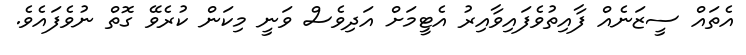
އެތައް ސީޒަނެއް ފާއިތުވެފައިވާއިރު އެޓީމަށް އަދިވެސް ވަނީ މިކަން ކުރެވޭ ގޮތް ނުވެފައެވެ.